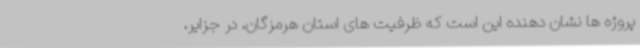
پروژه ها نشان دهنده این است که ظرفیت های استان هرمزگان، در جزایر،